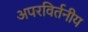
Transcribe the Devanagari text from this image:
अपरविर्तनीय